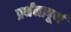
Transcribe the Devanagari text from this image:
प्रर्थनापूर्ण